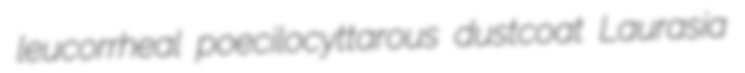
leucorrheal poecilocyttarous dustcoat Laurasia